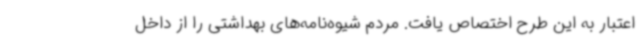
اعتبار به این طرح اختصاص یافت. مردم شیوه‌نامه‌های بهداشتی را از داخل